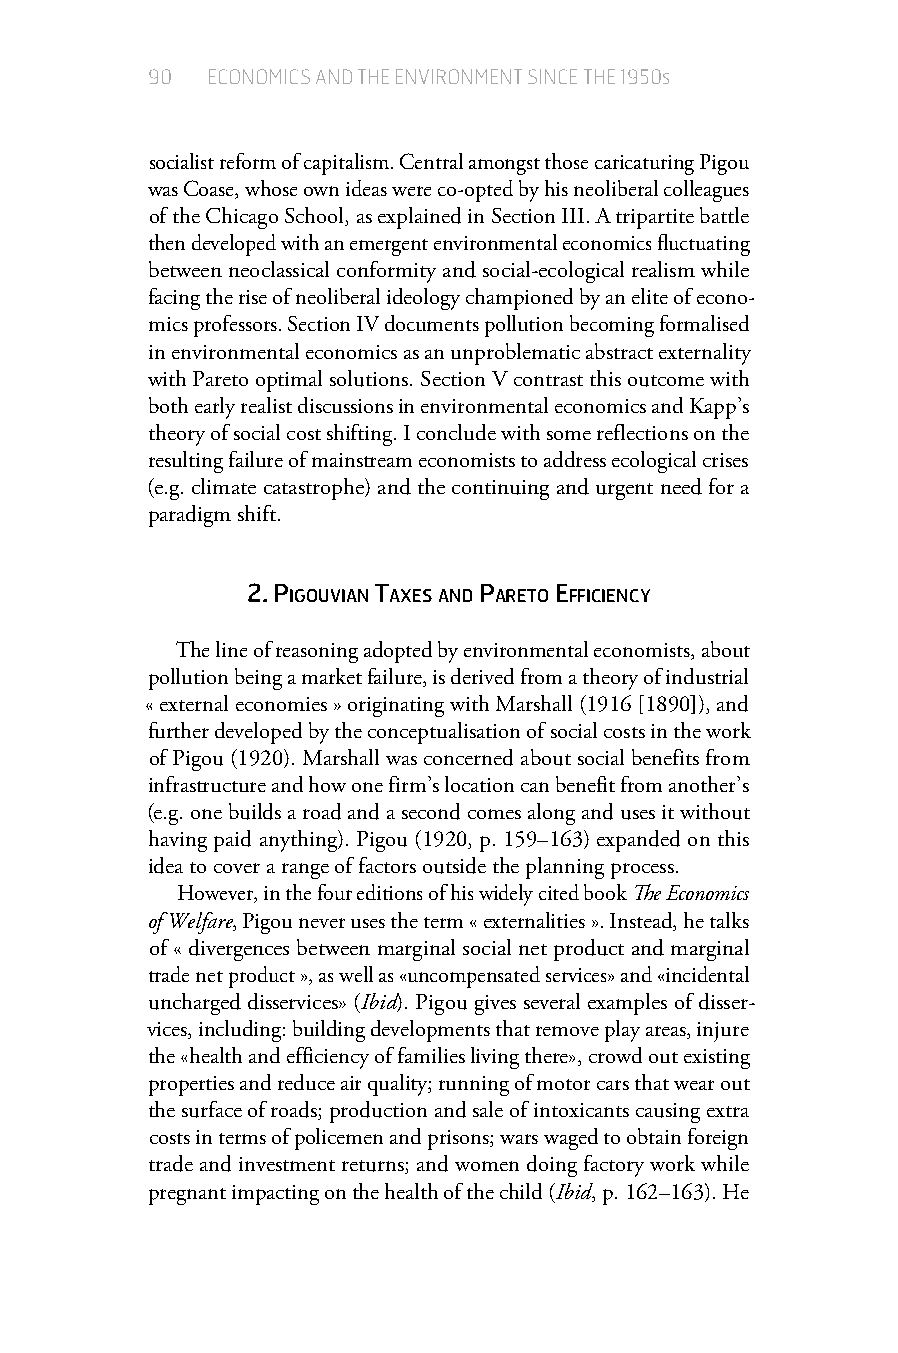
90  ECONOMICS AND THE ENVIRONMENT SINCE THE 1950s
 socialist reform of capitalism. Central amongst those caricaturing Pigou
 was Coase, whose own ideas were co-opted by his neoliberal colleagues
 of the Chicago School, as explained in Section III. A tripartite battle
 then developed with an emergent environmental economics fluctuating
 between neoclassical conformity and social-ecological realism while
 facing the rise of neoliberal ideology championed by an elite of econo-
 mics professors. Section IV documents pollution becoming formalised
 in environmental economics as an unproblematic abstract externality
 with Pareto optimal solutions. Section V contrast this outcome with
 both early realist discussions in environmental economics and Kapp’s
 theory of social cost shifting. I conclude with some reflections on the
 resulting failure of mainstream economists to address ecological crises
 (e.g. climate catastrophe) and the continuing and urgent need for a
 paradigm shift.
 2.piGouvian taxeS and pareto efficiency
 The line of reasoning adopted by environmental economists, about
 pollution being a market failure, is derived from a theory of industrial
 « external economies » originating with Marshall (1916 [1890]), and
 further developed by the conceptualisation of social costs in the work
 of Pigou (1920). Marshall was concerned about social benefits from
 infrastructure and how one firm’s location can benefit from another’s
 (e.g. one builds a road and a second comes along and uses it without
 having paid anything). Pigou (1920, p. 159–163) expanded on this
 idea to cover a range of factors outside the planning process.
 However, in the four editions of his widely cited book The Economics
 of Welfare, Pigou never uses the term « externalities ». Instead, he talks
 of « divergences between marginal social net product and marginal
 trade net product », as well as «uncompensated services» and «incidental
 uncharged disservices» (Ibid). Pigou gives several examples of disser-
 vices, including: building developments that remove play areas, injure
 the «health and efficiency of families living there», crowd out existing
 properties and reduce air quality; running of motor cars that wear out
 the surface of roads; production and sale of intoxicants causing extra
 costs in terms of policemen and prisons; wars waged to obtain foreign
 trade and investment returns; and women doing factory work while
 pregnant impacting on the health of the child (Ibid, p. 162–163). He